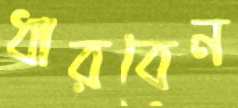
ধারবেন